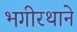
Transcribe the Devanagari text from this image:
भगीरथाने